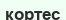
кортес